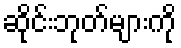
ဆိုင်းဘုတ်များကို